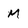
Character: m